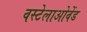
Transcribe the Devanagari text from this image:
वस्टेलाओवेंड